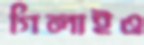
গিলাইও